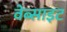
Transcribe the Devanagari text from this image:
वेब्साइट